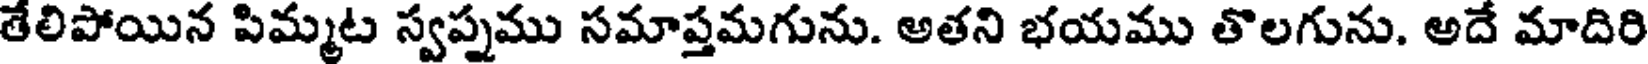
తేలిపోయిన పిమ్మట స్వప్నము సమాప్తమగును. అతని భయము తొలగును. అదే మాదిరి